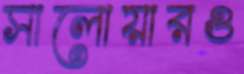
সালোয়ারও